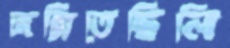
জন্মিতেছিলি